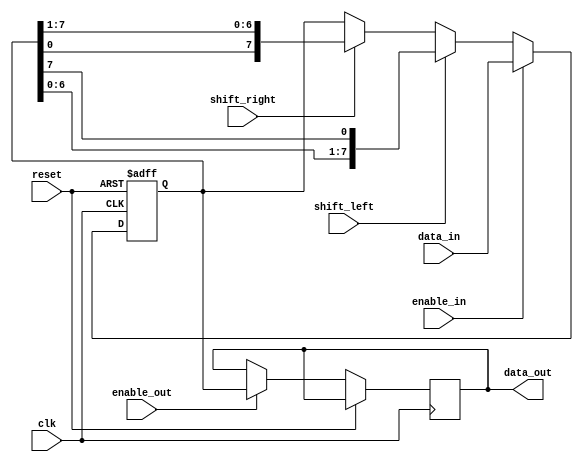
module bidirectional_shift_register(
    input wire clk,
    input wire reset,
    input wire shift_left,
    input wire shift_right,
    input wire enable_in,
    input wire enable_out,
    input wire [7:0] data_in,
    output reg [7:0] data_out
);

reg [7:0] reg_data;

always @ (posedge clk or posedge reset) begin
    if (reset) begin
        reg_data <= 8'b0;
    end else begin
        if (enable_in) begin
            reg_data <= data_in;
        end else begin
            if (shift_left) begin
                reg_data <= {reg_data[6:0], reg_data[7]};
            end else if (shift_right) begin
                reg_data <= {reg_data[0], reg_data[7:1]};
            end
        end
        
        if (enable_out) begin
            data_out <= reg_data;
        end
    end
end

endmodule